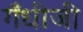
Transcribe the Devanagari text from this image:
गँधीजी